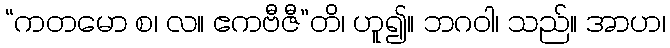
“ကတမော စ၊ လ။ ဧကဗီဇီ”တိ၊ ဟူ၍။ ဘဂဝါ၊ သည်။ အာဟ၊